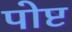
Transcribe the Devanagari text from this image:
पोष्ट